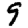
Digit: 9